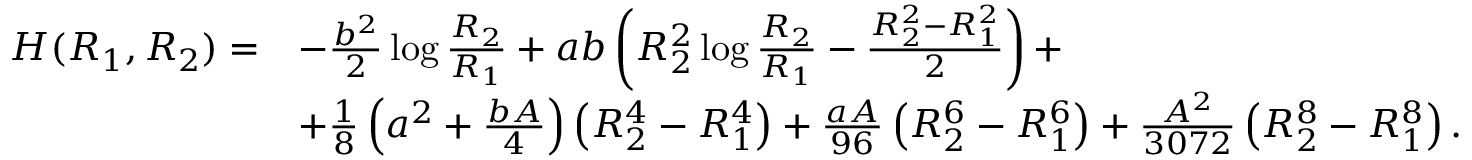
\begin{array} { r l } { H ( R _ { 1 } , R _ { 2 } ) = } & { - \frac { b ^ { 2 } } { 2 } \log \frac { R _ { 2 } } { R _ { 1 } } + a b \left( R _ { 2 } ^ { 2 } \log \frac { R _ { 2 } } { R _ { 1 } } - \frac { R _ { 2 } ^ { 2 } - R _ { 1 } ^ { 2 } } { 2 } \right) + } \\ & { + \frac { 1 } { 8 } \left( a ^ { 2 } + \frac { b A } { 4 } \right) \left( R _ { 2 } ^ { 4 } - R _ { 1 } ^ { 4 } \right) + \frac { a A } { 9 6 } \left( R _ { 2 } ^ { 6 } - R _ { 1 } ^ { 6 } \right) + \frac { A ^ { 2 } } { 3 0 7 2 } \left( R _ { 2 } ^ { 8 } - R _ { 1 } ^ { 8 } \right) . } \end{array}